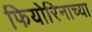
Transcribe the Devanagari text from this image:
फियोरिनाच्या